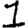
Digit: 1